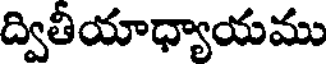
ద్వితీయాధ్యాయము